Civil Veterinary Dept. Assam report 1927-50 - 1927-1950
Year: 1927
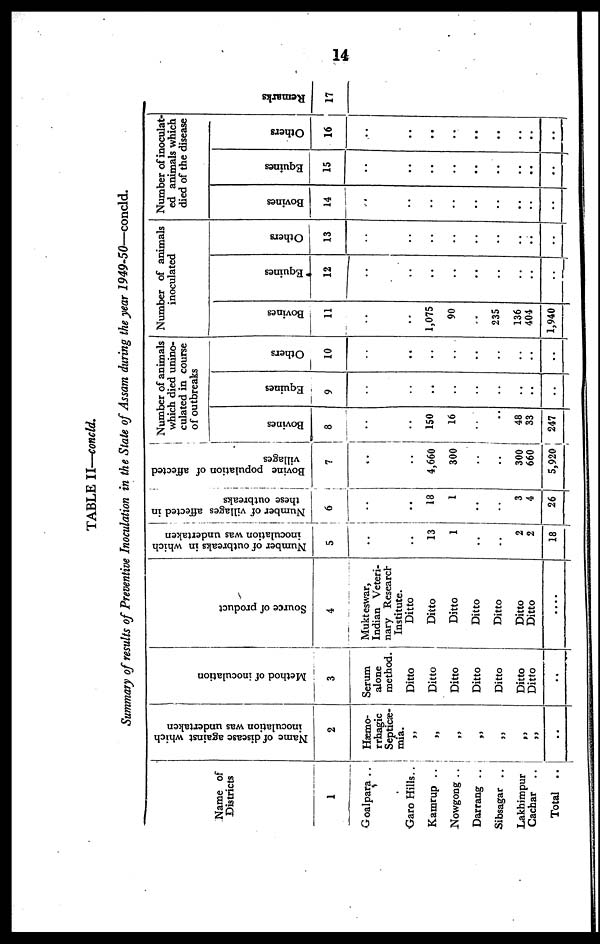
14
TABLE II—concld.
Summary of results of Preventive Inoculation in the State of Assam during the year 1949-50—concld.
Name of
Districts
1
Goalpara ..
Garo Hills..
Kamrup ..
Nowgong ..
Darrang ..
Sibsagar ..
Lakhimpur
Cachar
..
Total
..
Name of disease against which
inoculation was undertaken
2
Hæmo-
rrhagic
Septicæ-
mia.
„
„
„
„
„
„
„
..
Method of inoculation
3
Serum
alone
method.
Ditto
Ditto
Ditto
Ditto
Ditto
Ditto
Ditto
..
Source of product
4
Mukteswar,
Indian Veteri-
nary Research
Institute.
Ditto
Ditto
Ditto
Ditto
Ditto
Ditto
Ditto
....
Number of outbreaks in which
inoculation was undertaken
5
..
..
13
1
..
..
2
2
18
Number of villages affected in
these outbreaks
6
..
..
18
1
..
..
3
4
26
Bovine population of affected
villages
7
..
..
4,660
300
..
..
300
660
5,920
Number of animals
which died unino-
culated in course
of outbreaks
Bovines
8
..
..
150
16
..
..
48
33
247
Equines
9
..
..
..
..
..
..
..
..
..
Others
10
..
..
..
..
..
..
..
..
..
Number of animals
inoculated
Bovines
11
..
..
1,075
90
..
235
136
404
1,940
Equines
12
..
..
..
..
..
..
..
..
..
Others
13
..
..
..
..
..
..
..
..
..
Number of inoculat-
ed animals which
died of the disease
Bovines
14
..
..
..
..
..
..
..
..
..
Equines
15
..
..
..
..
..
..
..
..
..
Others
16
..
..
..
..
..
..
..
..
..
Re ma r
ks
17